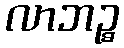
လာဘဉ္စ